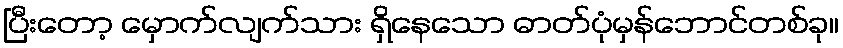
ပြီးတော့ မှောက်လျက်သား ရှိနေသော ဓာတ်ပုံမှန်ဘောင်တစ်ခု။